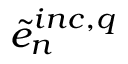
\tilde { e } _ { n } ^ { i n c , q }